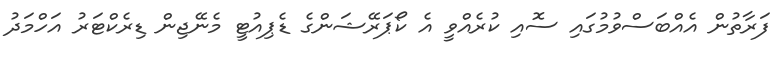
ފަރާތުން އެއްބަސްވުމުގައި ސޮއި ކުރެއްވީ އެ ކޯޕަރޭޝަންގެ ޑެޕިއުޓީ މެނޭޖިން ޑިރެކްޓަރު އަހްމަދު